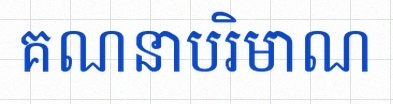
គណនាបរិមាណ